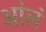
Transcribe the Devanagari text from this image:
आंलं